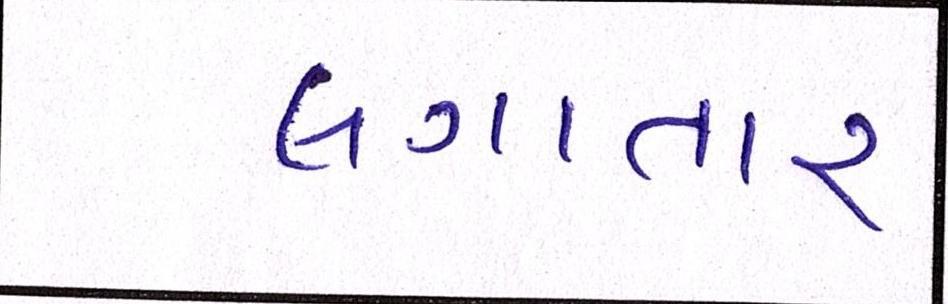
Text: લગાતાર